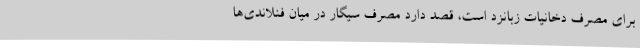
برای مصرف دخانیات زبانزد است، قصد دارد مصرف سیگار در میان فنلاندی‌ها